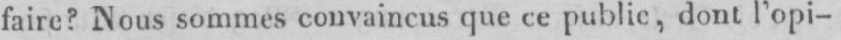
faire? Nous sommes convaincus que ce public, dont l’opi-